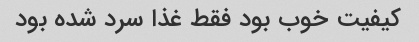
کیفیت خوب بود فقط غذا سرد شده بود